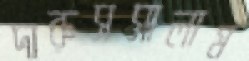
দারুসসালাম